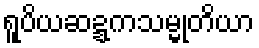
ရူပိယဆဍ္ဍကသမ္မုတိယာ